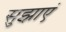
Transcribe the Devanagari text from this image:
सुझाएं